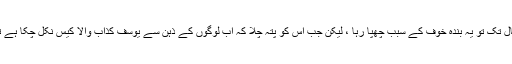
یوسف کذاب کے موت کے بعد چند سال تک تو یہ بندہ خوف کے سبب چھپا رہا ، لیکن جب اس کو پتہ چلا کہ اب لوگوں کے ذہن سے یوسف کذاب والا کیس نکل چکا ہے تو یہ پھر نکل آیا لیکن کس روپ میں؟